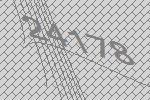
24178